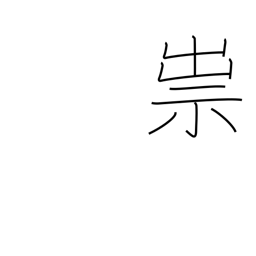
Meaning: curse